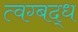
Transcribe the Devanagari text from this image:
त्वग्बद्ध